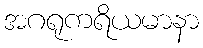
အဂရုကရိယမာနာ